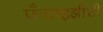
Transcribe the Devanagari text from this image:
फ्रँचाइझींशी